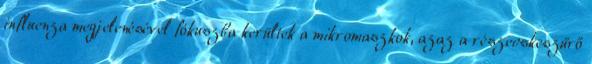
influenza megjelenésével fókuszba kerültek a mikromaszkok, azaz a részecskeszűrő